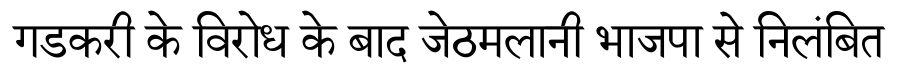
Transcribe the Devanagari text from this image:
गडकरी के विरोध के बाद जेठमलानी भाजपा से निलंबित